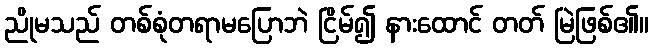
ညိုမသည် တစ်စုံတရာမပြောဘဲ ငြိမ်၍ နားထောင် တတ် မြဲဖြစ်၏။